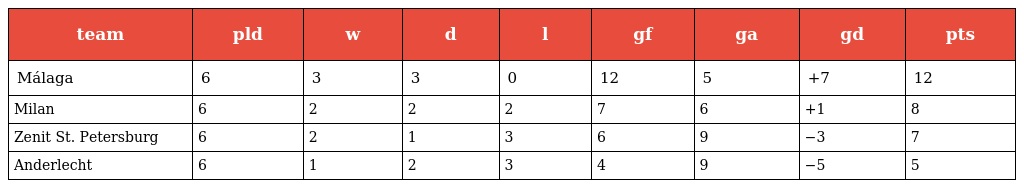
| team | pld | w | d | l | gf | ga | gd | pts |
 | --- | --- | --- | --- | --- | --- | --- | --- | --- |
 | Málaga | 6 | 3 | 3 | 0 | 12 | 5 | +7 | 12 |
 | Milan | 6 | 2 | 2 | 2 | 7 | 6 | +1 | 8 |
 | Zenit St. Petersburg | 6 | 2 | 1 | 3 | 6 | 9 | −3 | 7 |
 | Anderlecht | 6 | 1 | 2 | 3 | 4 | 9 | −5 | 5 |